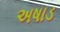
અષાડ